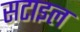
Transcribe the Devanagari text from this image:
सटाइल